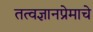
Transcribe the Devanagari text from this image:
तत्वज्ञानप्रेमाचे